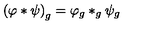
\left( \varphi * \psi \right) _ { g } = \varphi _ { g } * _ { g } \psi _ { g }